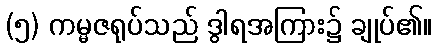
(၅) ကမ္မဇရုပ်သည် ဒွါရအကြား၌ ချုပ်၏။